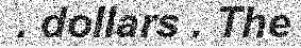
. dollars . The